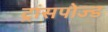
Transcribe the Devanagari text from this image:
ट्रांसपोज्ड